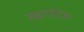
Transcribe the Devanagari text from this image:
रक्षापंक्ति